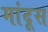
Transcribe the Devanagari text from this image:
मांदूस